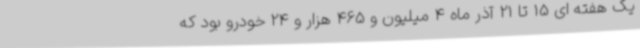
یک هفته ای 15 تا 21 آذر ماه 4 میلیون و 465 هزار و 24 خودرو بود که